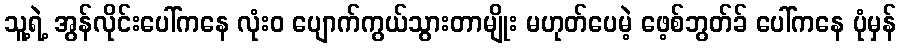
သူ့ရဲ့ အွန်လိုင်းပေါ်ကနေ လုံးဝ ပျောက်ကွယ်သွားတာမျိုး မဟုတ်ပေမဲ့ ဖေ့စ်ဘွတ်ခ် ပေါ်ကနေ ပုံမှန်